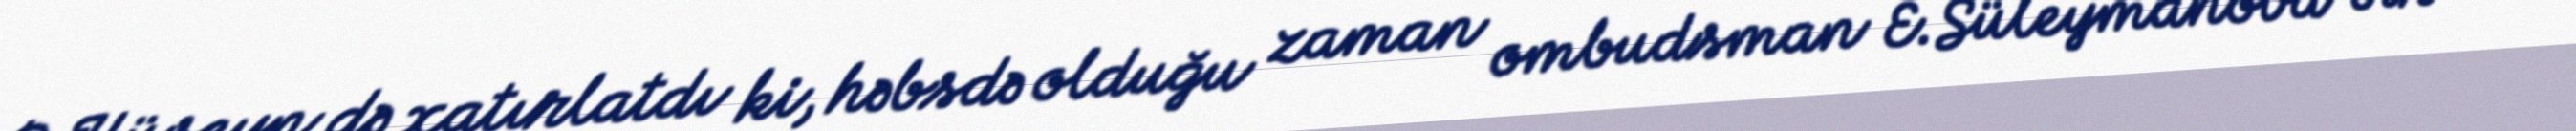
P.Hüseyn də xatırlatdı ki, həbsdə olduğu zaman ombudsman E.Süleymanova bir neçə